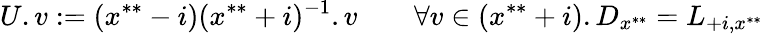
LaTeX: U.v:=(x^{**}-i)(x^{**}+i)^{-1}.v\qquad\forall v\in(x^{**}+i).D_{x^{**}}=L_{+i,x^{**}}